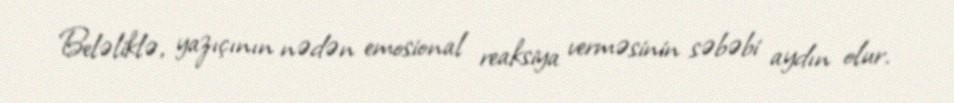
Beləliklə, yazıçının nədən emosional reaksiya verməsinin səbəbi aydın olur.